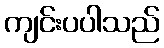
ကျင်းပပါသည်